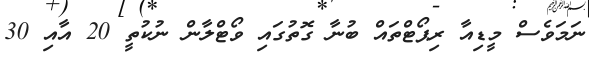
ނަމަވެސް މީޑިއާ ރިޕޯޓްތައް ބުނާ ގޮތުގައި ވޯޓްލާން ނުކުތީ 20 އާއި 30